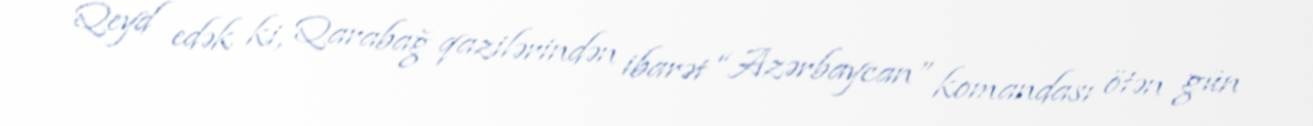
Qeyd edək ki, Qarabağ qazilərindən ibarət “Azərbaycan” komandası ötən gün